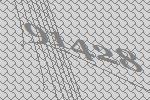
91428